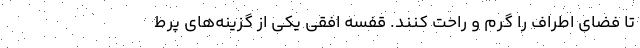
تا فضای اطراف را گرم و راحت کنند. قفسه افقی یکی از گزینه‌های پرط‌